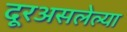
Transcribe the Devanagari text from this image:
दूरअसलेल्या